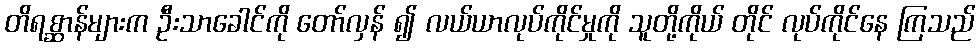
တိရစ္ဆာန်များက ဦးသာခေါင်ကို တော်လှန် ၍ လယ်ယာလုပ်ကိုင်မှုကို သူတို့ကိုယ် တိုင် လုပ်ကိုင်နေ ကြသည်